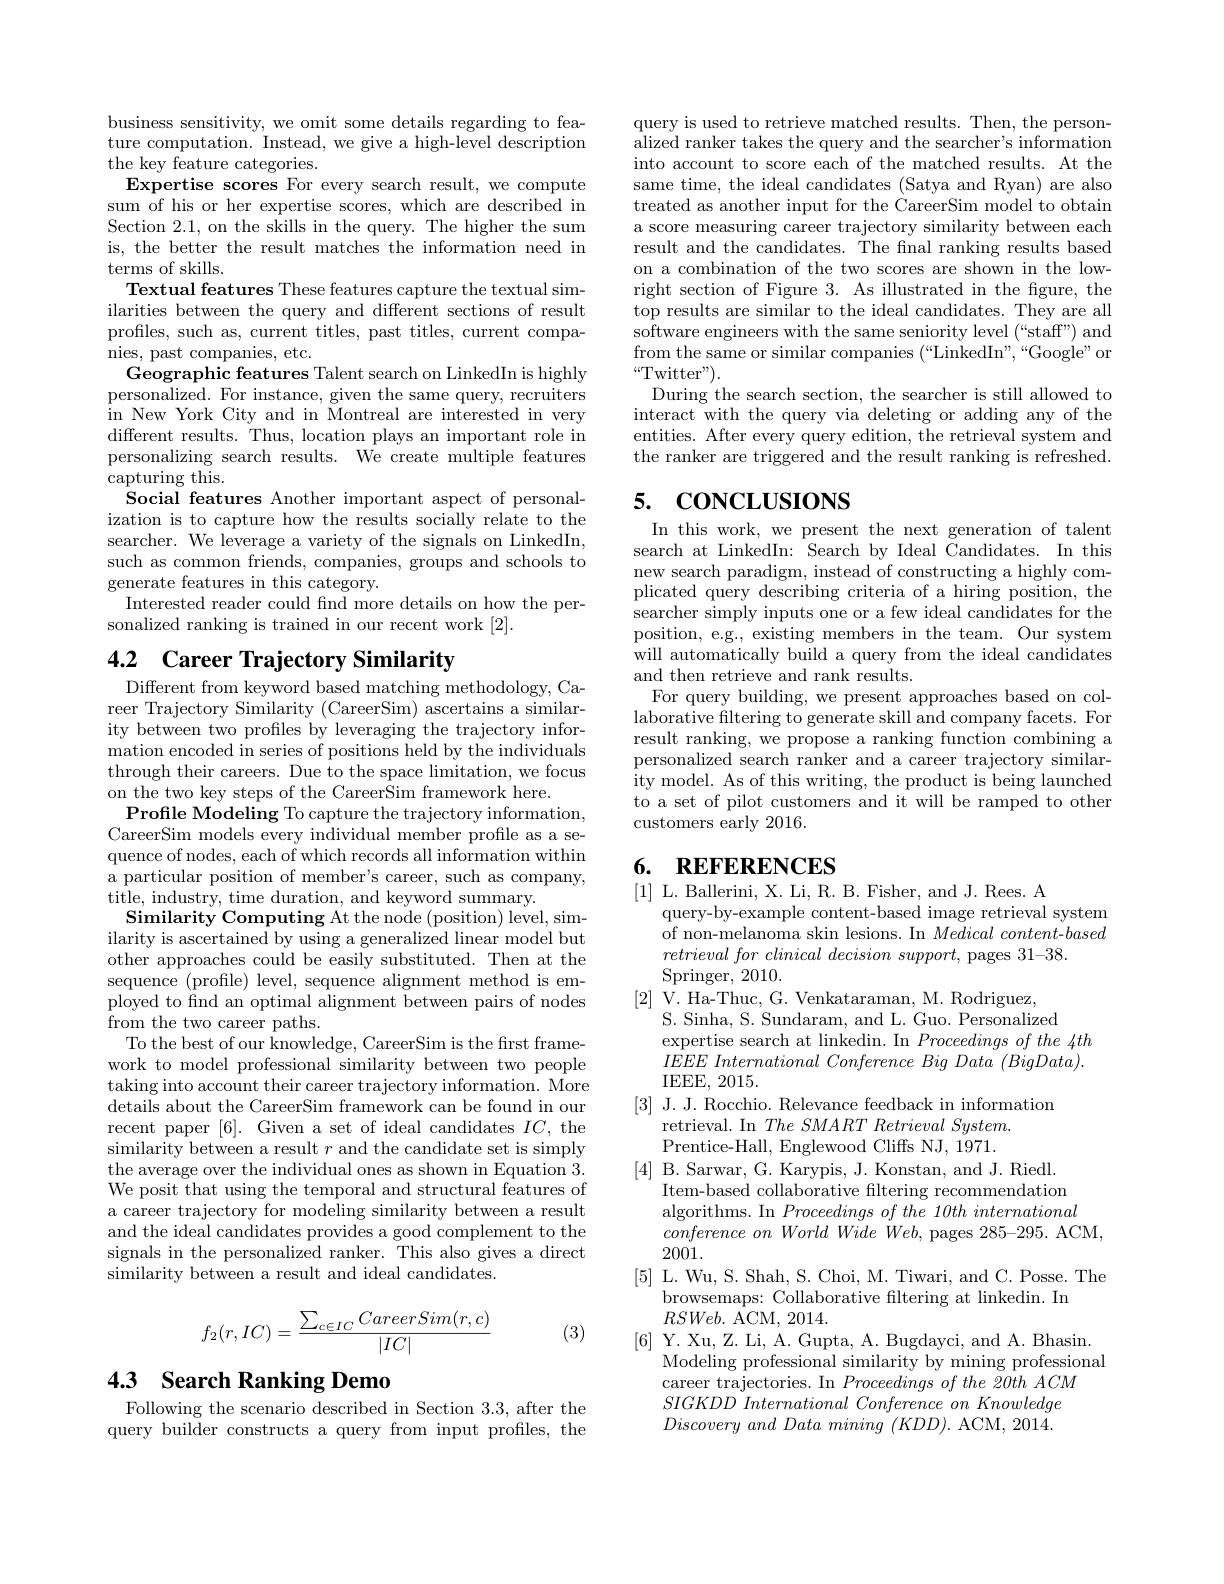
business sensitivity, we omit some details regarding to feature computation. Instead, we give a high-level description the key feature categories.
Expertise scores For every search result, we compute sum of his or her expertise scores, which are described in Section 2.1, on the skills in the query. The higher the sum is, the better the result matches the information need in terms of skills.
Textual features These features capture the textual similarities between the query and different sections of result profiles, such as, current titles, past titles, current companies, past companies, etc.
Geographic features Talent search on LinkedIn is highly personalized. For instance, given the same query, recruiters $\hat{\text{in New York City and in Montreal are interested in very}}$ different results. Thus, location plays an important role in personalizing search results. We create multiple features $\operatorname{capturing}$this.
Social features Another important aspect of personalization is to capture how the results socially relate to the searcher. We leverage a variety of the signals on LinkedIn, such as common friends, companies, groups and schools to generate features in this category.
Interested reader could find more details on how the per-
sonalized ranking is trained in our recent work [2].

# 4.2 Career Trajectory Similarity

Different from keyword based matching methodology, Career Trajectory Similarity (CareerSim) ascertains a similarity between two profiles by leveraging the trajectory information encoded in series of positions held by the individuals through their careers. Due to the space limitation, we focus on the two key steps of the CareerSim framework here.
Profile Modeling To capture the trajectory information, CareerSim models every individual member profile as a sequence of nodes, each of which records all information within a particular position of member's career, such as company, $\hat{\text{title, industry, time duration, and keyword summary.}}$
Similarity Computing At the node (position) level, similarity is ascertained by using a generalized linear model but other approaches could be easily substituted. Then at the sequence (profile) level, sequence alignment method is employed to find an optimal alignment between pairs of nodes from the two career paths.
To the best of our knowledge, CareerSim is the first framework to model professional similarity between two people taking into account their career trajectory information. More details about the CareerSim framework can be found in our recent paper [6]. Given a set of ideal candidates $IC$, the similarity between a result $r$ and the candidate set is simply the average over the individual ones as shown in Equation 3. We posit that using the temporal and structural features of a career trajectory for modeling similarity between a result and the ideal candidates provides a good complement to the signals in the personalized ranker. This also gives a direct similarity between a result and ideal candidates.
$$f_2(r,IC)=\frac{\sum_{c\in IC}CareerSim(r,c)}{|IC|}$$
(3)

# 4.3 Search Ranking Demo

Following the scenario described in Section 3.3, after the query builder constructs a query from input profles, the

query is used to retrieve matched results. Then, the personalized ranker takes the query and the searcher's information into account to score each of the matched results. At the same time, the ideal candidates (Satya and Ryan) are also treated as another input for the CareerSim model to obtain a score measuring career trajectory similarity between each result and the candidates. The fnal ranking results based on a combination of the two scores are shown in the lowright section of Figure 3. As illustrated in the figure, the top results are similar to the ideal candidates. They are all software engineers with the same seniority level (“staff”) and from the same or similar companies (“LinkedIn",“Google”or $“$Twitter" ).
During the search section, the searcher is still allowed to interact with the query via deleting or adding any of the entities. After every query edition, the retrieval system and the ranker are triggered and the result ranking is refreshed.

## 5. CONCLUSIONS

In this work, we present the next generation of talent search at LinkedIn: Search by Ideal Candidates. In this new search paradigm, instead of constructing a highly complicated query describing criteria of a hiring position, the searcher simply inputs one or a few ideal candidates for the position, e.g., existing members in the team. Our system will automatically build a query from the ideal candidates and then retrieve and rank results.
For query building, we present approaches based on collaborative filtering to generate skill and company facets. For result ranking, we propose a ranking function combining a personalized search ranker and a career trajectory similar- ${\mathrm{ity~model.~As~of~this~writing,~the~product~is~being~launched}}$ to a set of pilot customers and it will be ramped to other customers early 2016.

## 6. REFERENCES

[1] L. Ballerini, X. Li, R. B. Fisher, and J. Rees. A
query-by-example content-based image retrieval system of non-melanoma skin lesions. In Medical content-based $retrieval\textit{ for clinical decision support, pages 31- 38. }$
$\operatorname{Springer,}2010.$
[2] V. Ha-Thuc, G. Venkataraman, M. Rodriguez,
S. Sinha, S. Sundaram, and L. Guo. Personalized
expertise search at linkedin. In $Proceedings\textit{of the 4th}$ $IEEEE\textit{ International Conference Big Data }( BigData) .$ IEEE, 2015.
[3] J. J. Rocchio. Relevance feedback in information
retrieval. In The SMART Retrieval System. Prentice-Hall, Englewood Cliffs NJ, 1971.
[4] B. Sarwar, G. Karypis, J. Konstan, and J. Riedl.
Item-based collaborative filtering recommendation algorithms. In $Proceedings\textit{of the 10th international}$ $conference~on~World~Wide~Web,~$pages 285-295. ACM,
2001.
[5] L. Wu, S. Shah, S. Choi, M. Tiwari, and C. Posse. The
browsemaps: Collaborative filtering at linkedin. In
$RSWeb.$ ACM, 2014.
[6] Y. Xu, Z. Li, A. Gupta, A. Bugdayci, and A. Bhasin.
Modeling professional similarity by mining professional
career trajectories. In $Proceedingsofthe20thACM$ $SIGKDD\textit{ International Conference on Knowledge}$ $Discoveryand\textit{ Data mining }( KDD) .$ ACM, 2014.